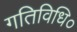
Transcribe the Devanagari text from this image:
गतिविधि०